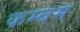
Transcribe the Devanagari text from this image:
कम्बम